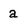
Character: a